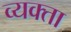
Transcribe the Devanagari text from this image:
व्यक्ता